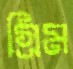
গ্রিম